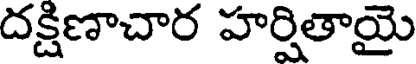
దక్షిణాచార హర్షితాయై